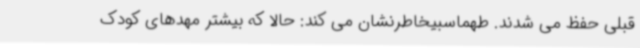
قبلی حفظ می شدند. طهماسبیخاطرنشان می کند: حالا که بیشتر مهدهای کودک